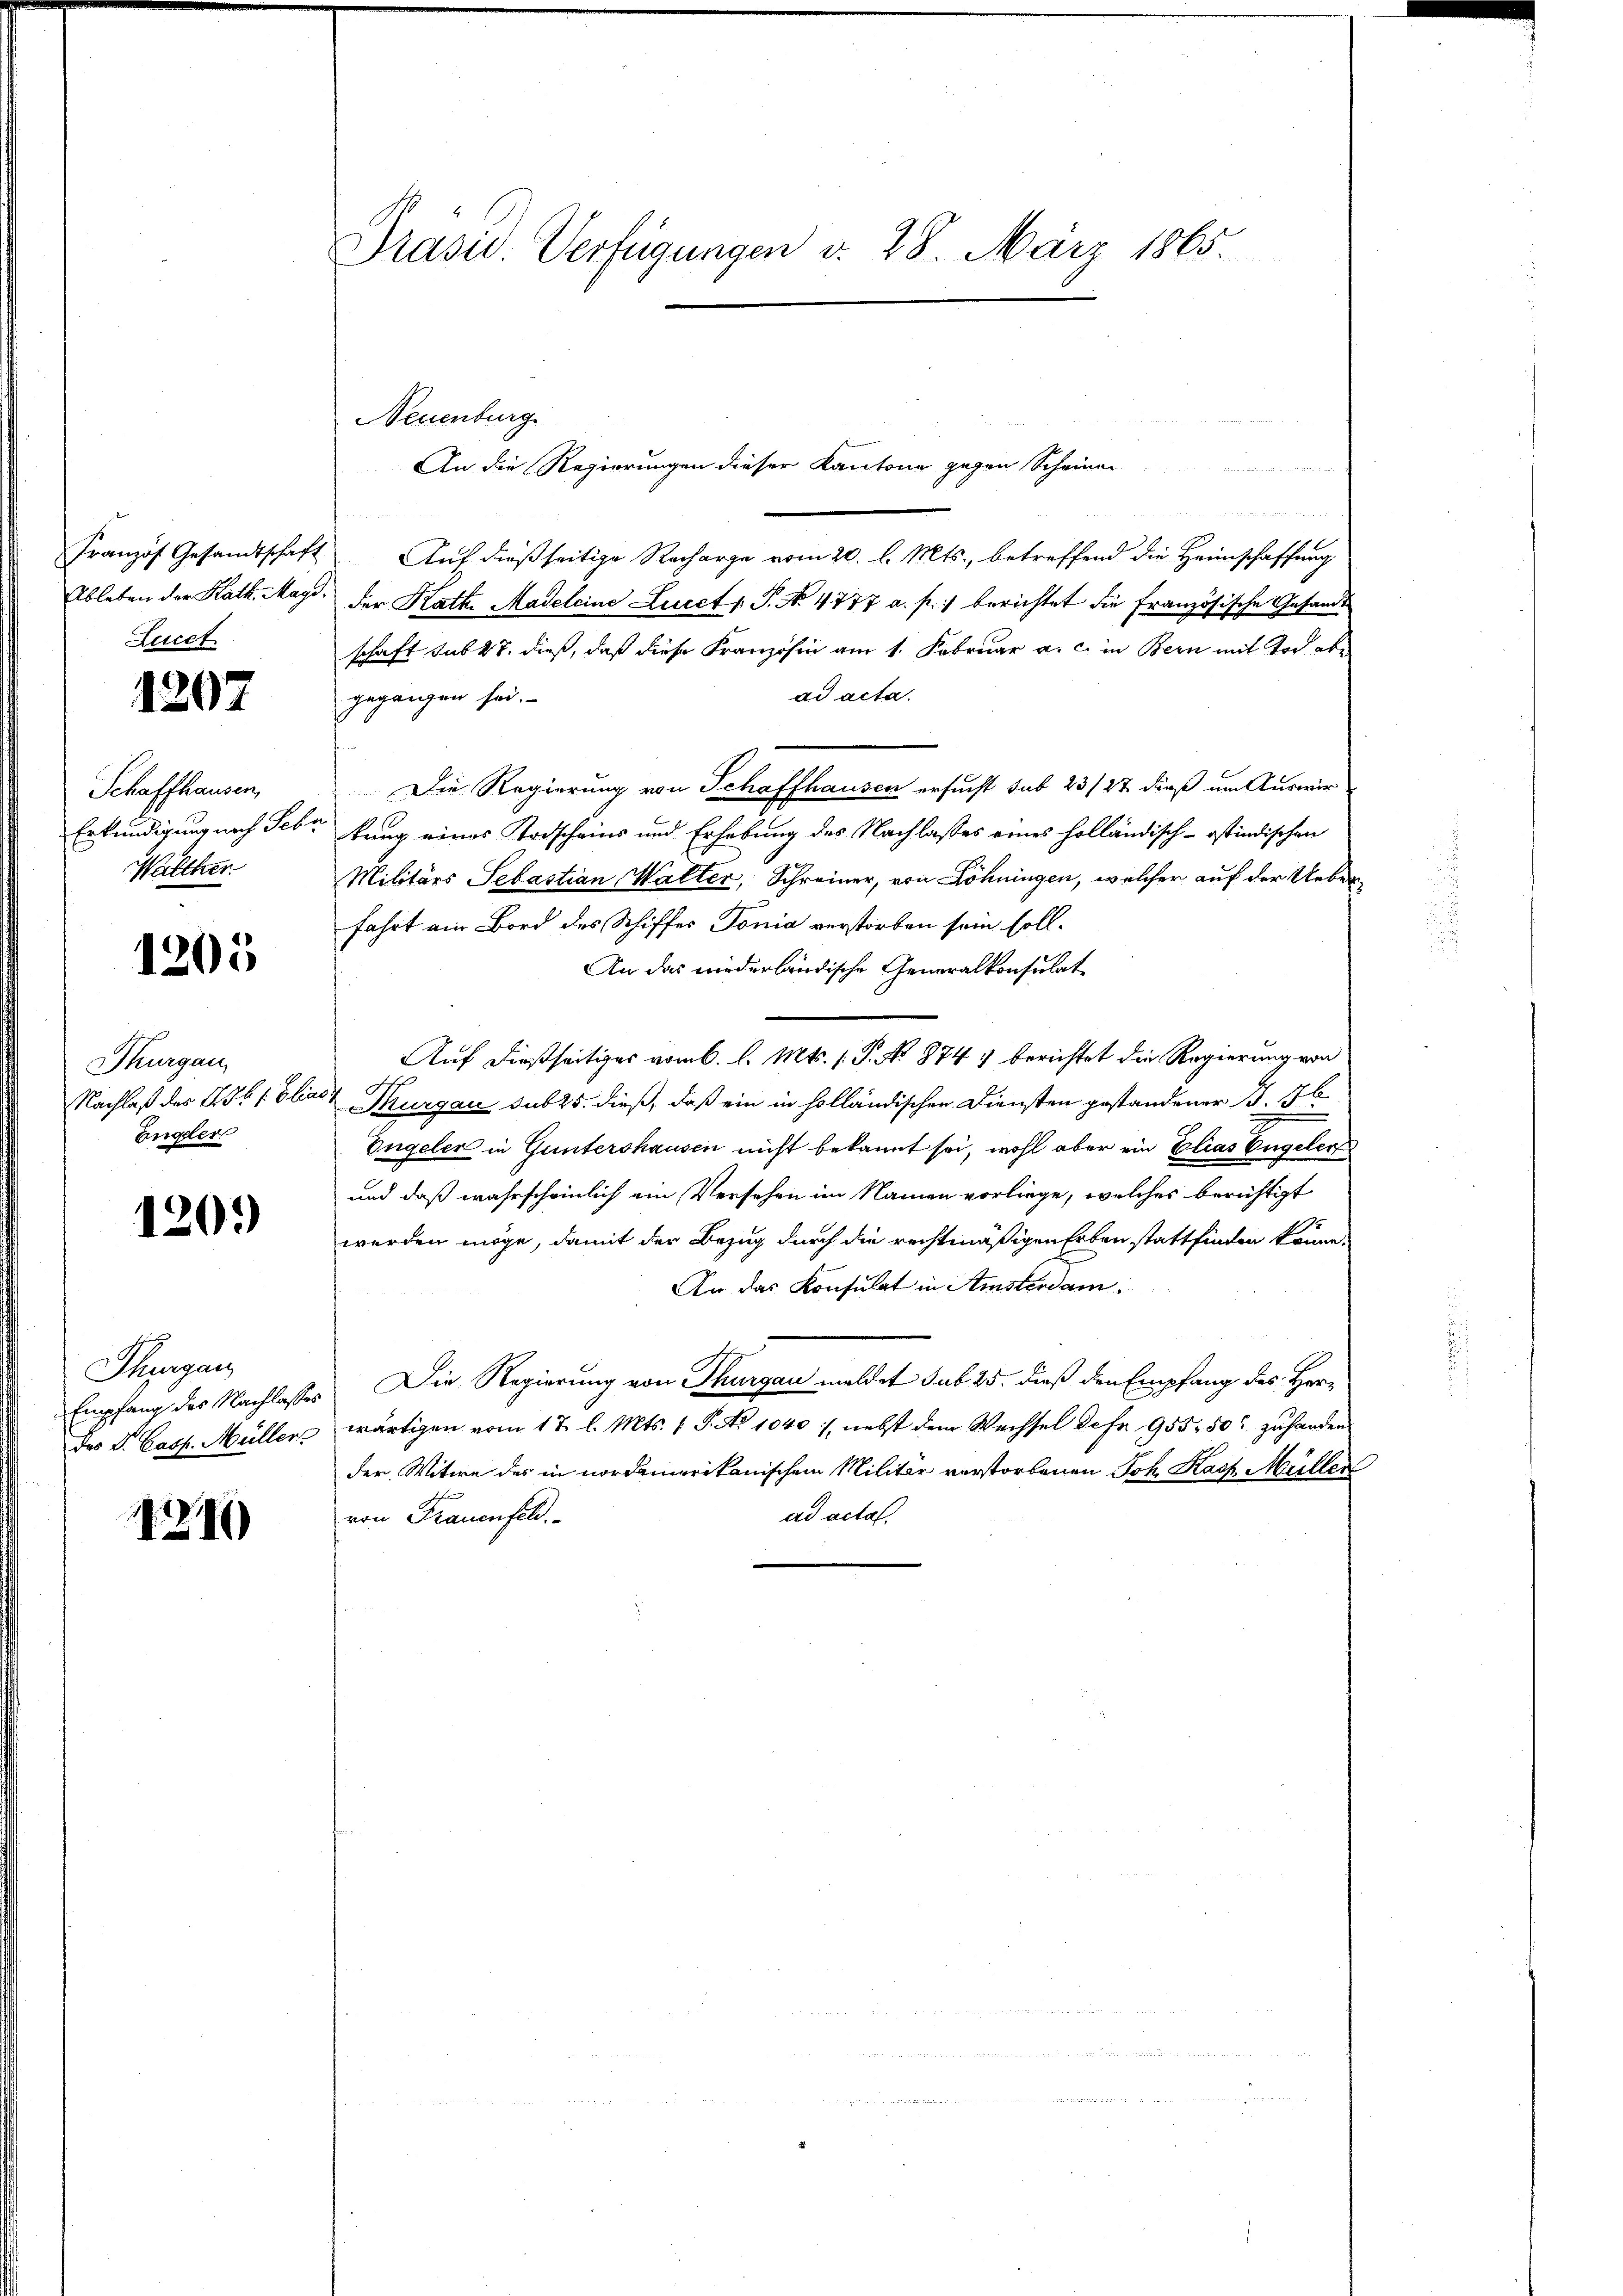
Ableben der Kath. Magd.
Lucet

1207

Schaffhausen,
Erkundigung nach Febr
Walther

1205

Thurgau,
Nachlaß des 156 f. Elia
Engeler

1201)

Thurgau
Empfang des Nachlasses
Das Dr. Casp. Müller

1210

Präsid. Verfügungen d. 28. März 1865.

NNeuenburg

een und den und einen die aber ander
An die Regierungen dieser Kantone gegen Scheiner
in ein eigen werden in der

Franzof Gesandtschaft. Auf dießseitige Recharge vom 20. l. Mts., betreffend die Heimschaffung
der Rath, Madeleine Lucet v. J. No. 4777 a. p.) berichtet die Französische Gesandt
schaft sub 27. dieß, daß diese Französin am 1. Februar a. c. in Bern mit Tod abad acta.
gegangen sei.
Die Regierung von Schaffhausen ersucht sub 23/27 dieß um Auswir
kung eines Todscheins und Erhebung des Nachlasses eines holländisch-ostindischen
Militärs Sebastian Walter, Schreiner, von Löhningen, welcher auf der Ueber
fahrt ein Bord des Schiffes Tonia verstorben sein soll.
An das niederländische Generalkonsulat
Auf dießseitiges vom 6. l. Mts. 1. P. N. 874) berichtet die Regierung von
 Thurgau sub 25. dieß, daß ein in holländischen Diensten gestandener B. 76
Engeler in Guntershausen nicht bekannt sei, wohl aber ein Elias Engelert
und daß wahrscheinlich ein Versehen im Namen vorliege, welches berichtigt
1
werden möge, damit der Bezug durch die rechtmäßigen Erben stattfinden könne.
An das Konsulat in Amsterdam

Die Regierung von Thurgau meldet sub 25. dieß den Empfang des Herwärtigen vom 17. l. Mts. 1 S. No 1040), nebst dem Wechsel defe 955, 50% zuhanden
der Witwe des in nordamerikanischem Militär verstorbenen Joh. Kasp. Müller
ad acta.
von Frauenfeld.